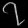
Digit: ၇